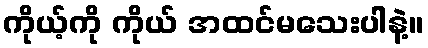
ကိုယ့်ကို ကိုယ် အထင်မသေးပါနဲ့။